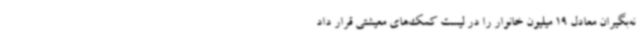
نه‌بگیران معادل 19 میلیون خانوار را در لیست کمک‌های معیشتی قرار داد